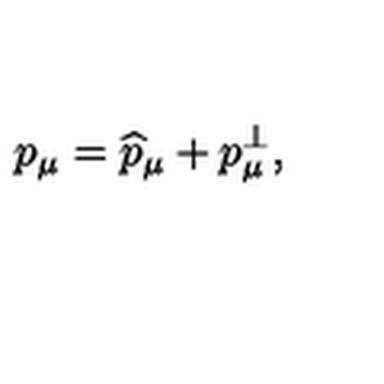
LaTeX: p _ { \mu } = \widehat { p } _ { \mu } + p _ { \mu } ^ { \bot } ,